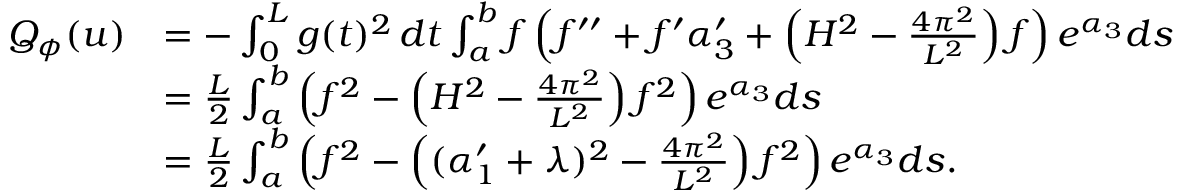
\begin{array} { r l } { Q _ { \phi } ( u ) } & { = - \int _ { 0 } ^ { L } g ( t ) ^ { 2 } \, d t \int _ { a } ^ { b } f \left( f ^ { \prime \prime } + f ^ { \prime } \alpha _ { 3 } ^ { \prime } + \left( H ^ { 2 } - \frac { 4 \pi ^ { 2 } } { L ^ { 2 } } \right) f \right) e ^ { \alpha _ { 3 } } d s } \\ & { = \frac { L } { 2 } \int _ { a } ^ { b } \left( f ^ { 2 } - \left( H ^ { 2 } - \frac { 4 \pi ^ { 2 } } { L ^ { 2 } } \right) f ^ { 2 } \right) e ^ { \alpha _ { 3 } } d s } \\ & { = \frac { L } { 2 } \int _ { a } ^ { b } \left( f ^ { 2 } - \left( ( \alpha _ { 1 } ^ { \prime } + \lambda ) ^ { 2 } - \frac { 4 \pi ^ { 2 } } { L ^ { 2 } } \right) f ^ { 2 } \right) e ^ { \alpha _ { 3 } } d s . } \end{array}